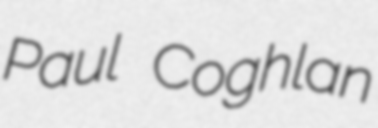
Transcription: Paul Coghlan